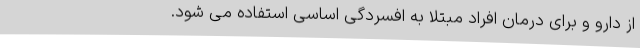
از دارو و برای درمان افراد مبتلا به افسردگی اساسی استفاده می شود.